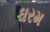
ઘરમ